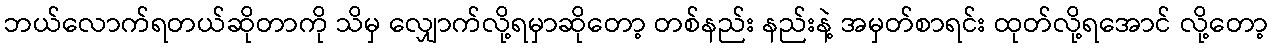
ဘယ်လောက်ရတယ်ဆိုတာကို သိမှ လျှောက်လို့ရမှာဆိုတော့ တစ်နည်း နည်းနဲ့ အမှတ်စာရင်း ထုတ်လို့ရအောင် လို့တော့